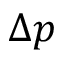
\Delta p